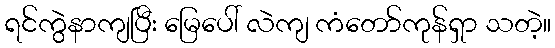
ရင်ကွဲနာကျပြီး မြေပေါ် လဲကျ ကံတော်ကုန်ရှာ သတဲ့။